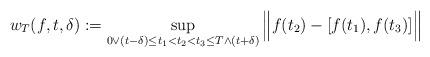
LaTeX: \begin{align*}w_{T}(f, t, \delta) := \sup_{0\vee(t-\delta)\leq t_1<t_2<t_3\leq T\wedge(t+\delta)}\Big\|f(t_2) - [f(t_1), f(t_3)]\Big\|\end{align*}